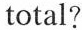
total?